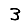
Digit: 3